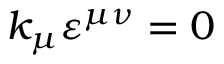
k _ { \mu } \varepsilon ^ { \mu \nu } = 0